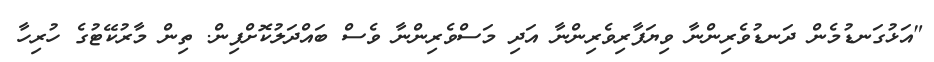
"އަޅުގަނޑުމެން ދަނޑުވެރިންނާ ވިޔަފާރިވެރިންނާ އަދި މަސްވެރިންނާ ވެސް ބައްދަލުކޮށްފިން. ތިން މާރުކޭޓުގެ ހުރިހާ